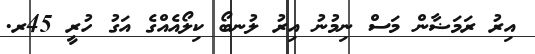
އިރު ރަމަޟާން މަސް ނިމުނު އިރު ލުނބޯ ކިލޯއެއްގެ އަގު ހުރީ 45ރ.